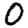
Digit: 0